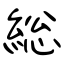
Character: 総